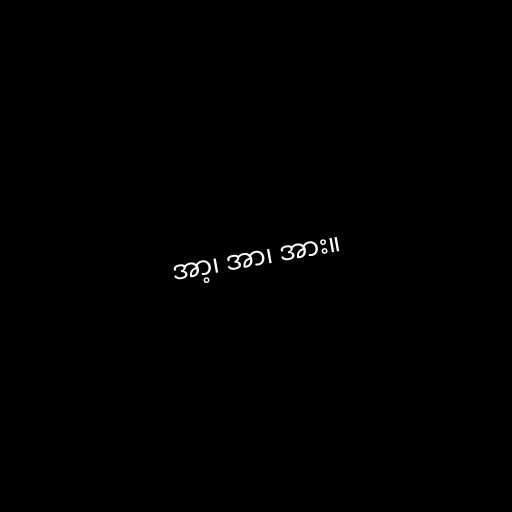
အာ့၊ အာ၊ အား။